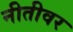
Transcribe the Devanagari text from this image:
नीतीवर